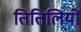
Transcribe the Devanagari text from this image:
तितिलियों